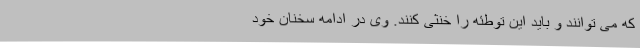
که می توانند و باید این توطئه را خنثی کنند. وی در ادامه سخنان خود